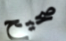
صحيح